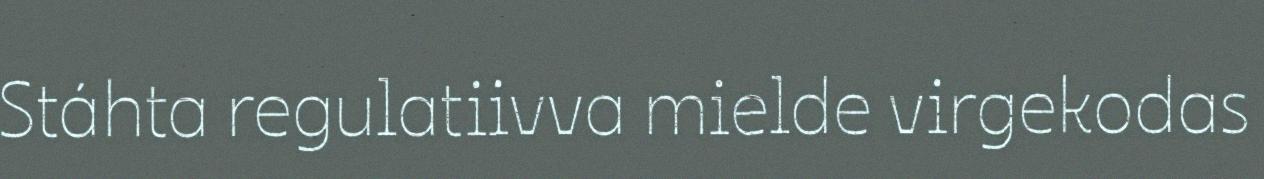
Stáhta regulatiivva mielde virgekodas